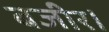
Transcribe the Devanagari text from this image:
बजीर।